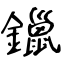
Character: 鑞